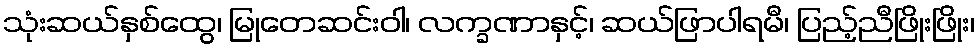
သုံးဆယ်နှစ်ထွေ၊ မြုတေဆင်းဝါ၊ လက္ခဏာနှင့်၊ ဆယ်ဖြာပါရမီ၊ ပြည့်ညီဖြိုးဖြိုး၊